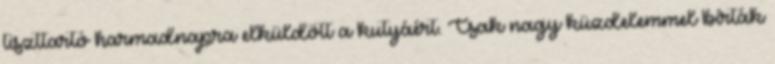
tiszttartó harmadnapra elküldött a kutyáért. Csak nagy küzdelemmel bírták